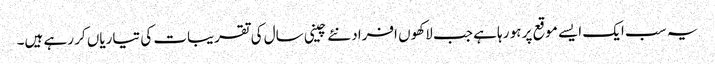
یہ سب ایک ایسے موقع پر ہو رہا ہے جب لاکھوں افراد نئے چینی سال کی تقریبات کی تیاریاں کر رہے ہیں۔